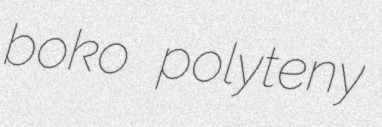
boko polyteny